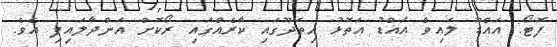
ފޮޓޯ: އައްޑޫ ލައިވް އައްޑު އަތޮޅު ހިތަދޫގައި ކާރެއްގައި ރޯކޮށް އަންދާލައިފި އެވެ.